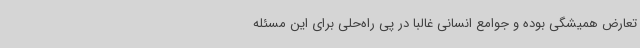
تعارض همیشگی بوده و جوامع انسانی غالباً در پی راه‌حلی برای این مسئله